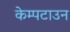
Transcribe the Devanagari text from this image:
केम्पटाउन